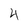
Character: 4